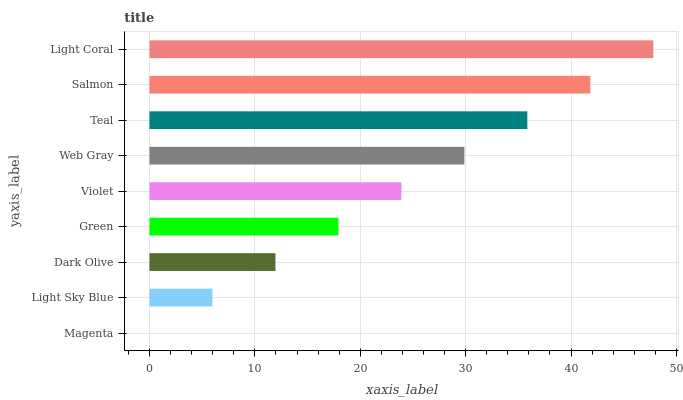
| yaxis_label | bars |
 | --- | --- |
 | Magenta | 0 |
 | Light Sky Blue | 5.98 |
 | Dark Olive | 12 |
 | Green | 17.9 |
 | Violet | 23.9 |
 | Web Gray | 29.9 |
 | Teal | 35.9 |
 | Salmon | 41.8 |
 | Light Coral | 47.8 |